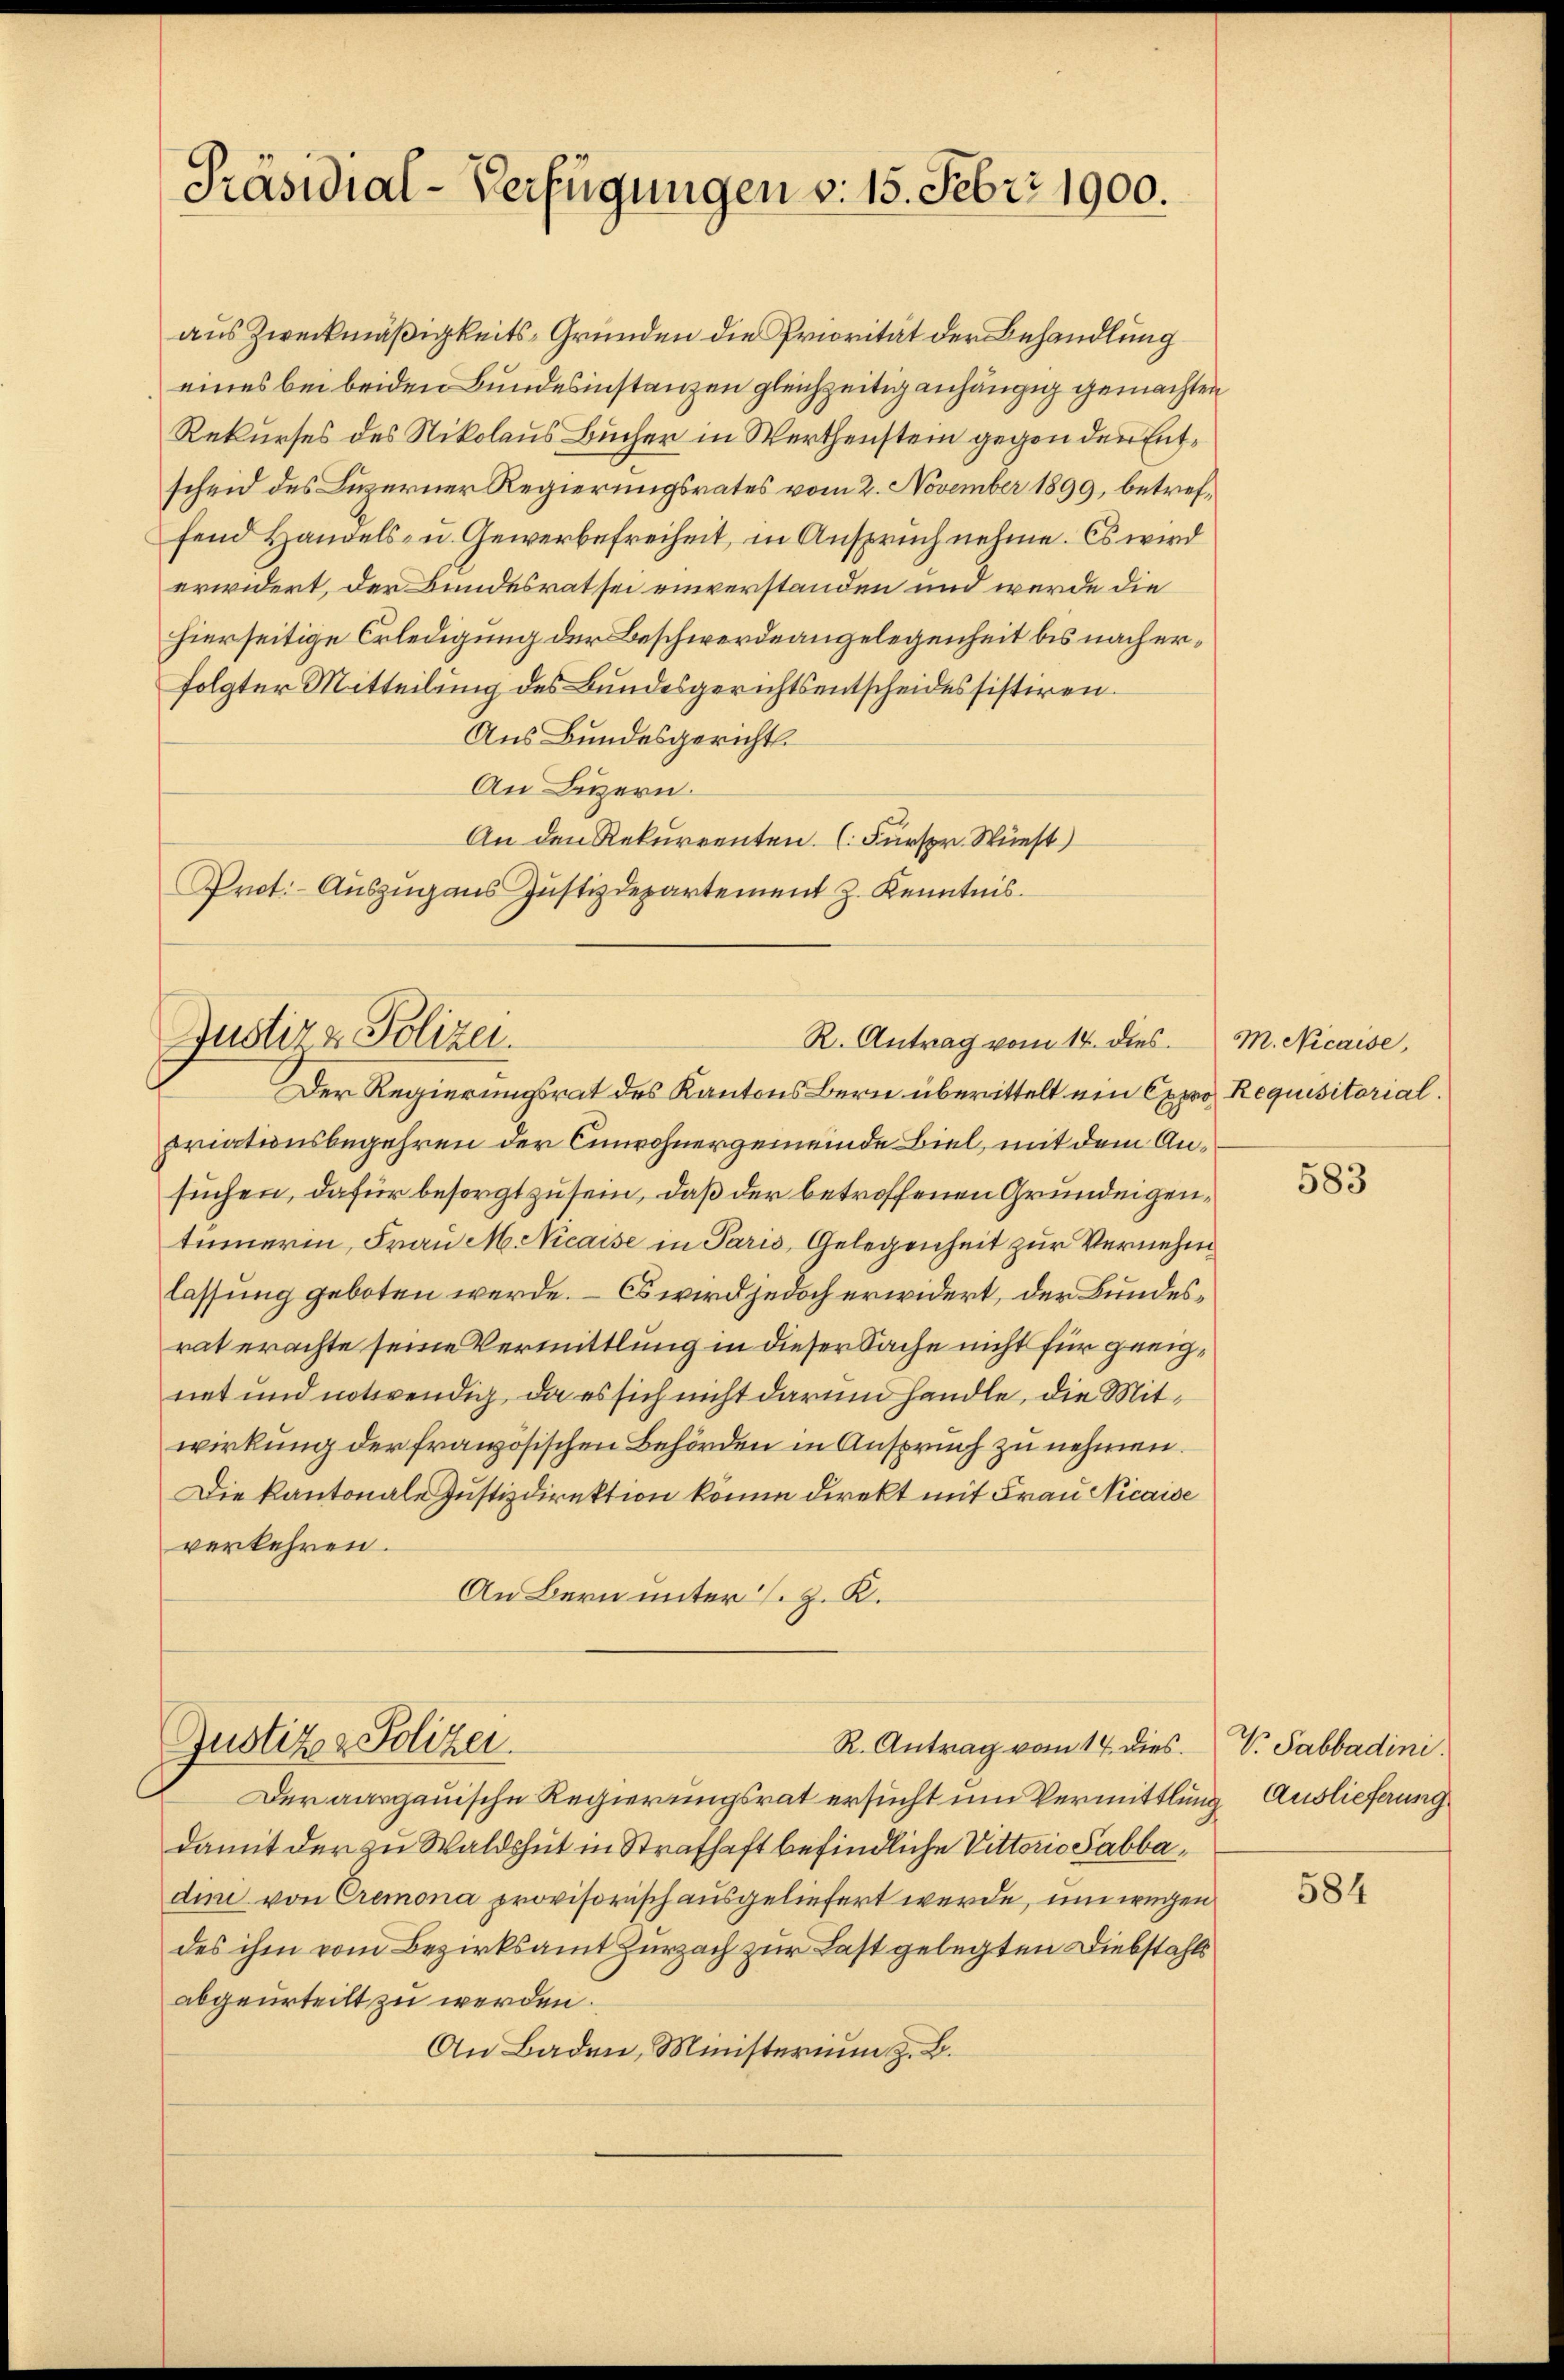
Präsidial-Verfügungen v. 15. Febr. 1900.

Justiz & Polizei.

aus Zweckmäßigkeits-Gründen die Priorität der Behandlung
eines bei beiden Bundesinstanzen gleichzeitig anhängig gemachten
Rekurses des Nikolaus Bücher in Werthenstein gegen den Entscheid des Luzerner Regierungsrates vom 2. November 1899, betreffend Handels- u. Gewerbefreiheit, in Anspruch nehme. Es wird
erwidert, der Bundesrat sei einverstanden und wurde die
hierseitige Erledigung der Beschwerdeangelegenheit bis nach erfolgter Mitteilung des Bundesgerichtsentscheidessistiren.
Aus Bundesgericht.
An Luzern.
An den Rekurrenten. (Fürspr. Wüest)
Prot. - Auszug aus Justizdepartement z. Kenntnis.
Justiz & Polizei.
R. Antrag vom 14. dies
Der Regierungsrat des Kantons Bern überittelt ein Expro Requisitorial.
priationsbegehren der Einwohnergemeinde Biel, mit dem Ansuchen, dafür besorgt zu sein, daß der betroffenen Grundeigentümerin, Frau M. Nicaise in Paris, Gelegenheit zur Vernehm
lassung geboten werde. – Es wird jedoch erwidert, der Bundesrat erachte seine Vermittlung in dieser Sache nicht für geeignet und notwendig, da es sich nicht darum handle, die Mitwirkung der französischen Behörden in Anspruch zu nehmen.
Die Kantonale Justizdirektion könne direkt mit Frau Nicaise
verkehren.
An Bern unter s. z. B.

M. Nicaise,

R. Antrag vom 14. dies.
Der aargauische Regierungsrat ersucht um Vermittlung Auslieferung
damit der zu Waldshut in Strafhaft befindliche Vittorio Sabbadini von Cremona provisorisch ausgeliefert werde, um wegen
des ihm vom Bezirksamt Zurzach zur Last gelegten Diebstahls
abgeurteilt zu werden.
An Baden, Ministerium z. B.

583

V. Sabbadini.

584